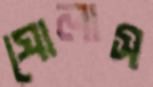
ঘোলাস